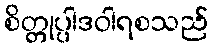
စိတ္တုပ္ပါဒဝါရစသည်